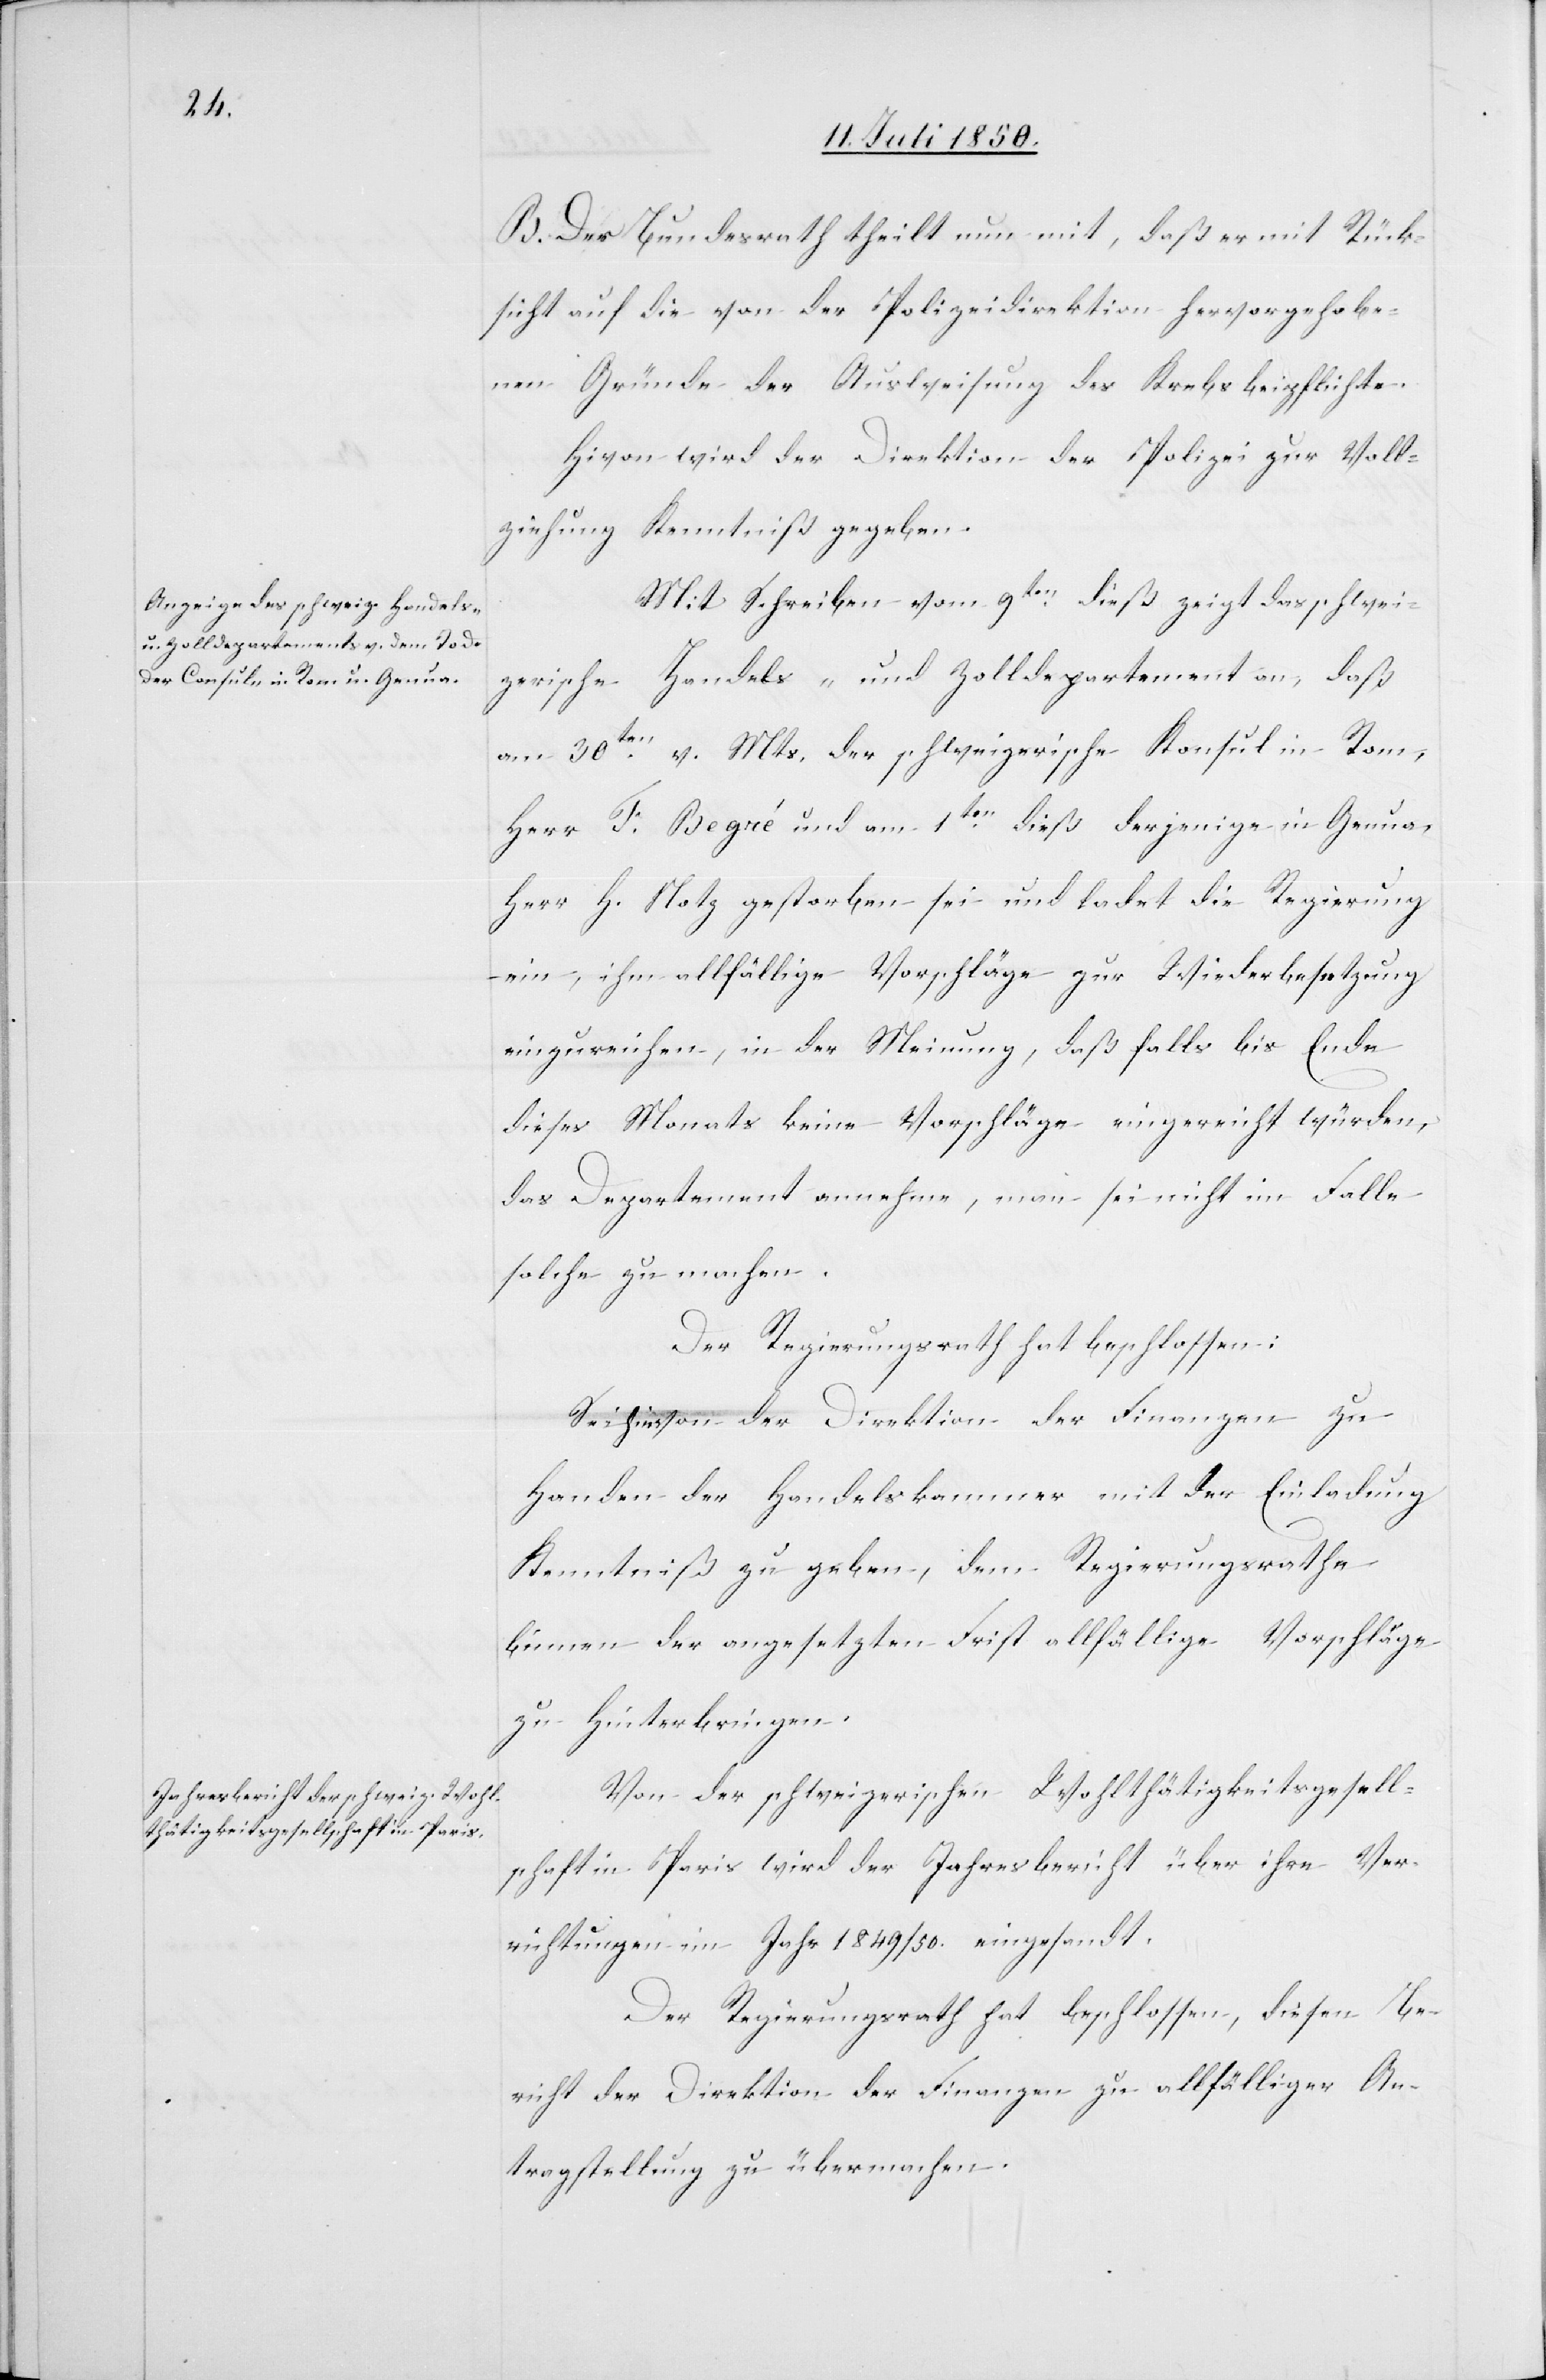
B. Der Bundesrath theilt nun mit, daß er mit Rück¬
sicht auf die von der Polizeidirektion hervorgehobe¬
nen Gründe der Ausweisung des Krebs beipflichte.
[sic!] wird der Direktion der Polizei zur Voll¬
ziehung Kenntniß gegeben.
Mit Schreiben vom 9ten dieß zeigt das schwei¬
zerische Handels- und Zolldepartement an, daß
am 30ten v. Mts. der schweizerische Konsul in Rom,
Herr F. Begré und am 1ten dieß derjenige in Genua,
Herr H. Notz gestorben sei und ladet die Regierung
ein, ihm allfällige Vorschläge zur Wiederbesetzung
einzureichen, in der Meinung, daß falls bis Ende
dieses Monats keine Vorschläge eingereicht würden,
das Departement annehme, man sei nicht im Falle
solche zu machen.
Der Regierungsrath hat beschlossen:
Sei hievon der Direktion der Finanzen zu
Handen der Handelskammer mit der Einladung
Kenntniß zu geben, dem Regierungsrathe
binnen der angesetzten Frist allfällige Vorschläge
zu Hinterbringen.
Von der schweizerischen Wohlthätigkeitsgesell¬
schaft in Paris wird der Jahresbericht über ihre Ver¬
richtungen im Jahr 1849/50. eingesandt.
Der Regierungsrath hat beschlossen, diesen Be¬
richt der Direktion der Finanzen zu allfälliger An¬
tragstellung zu übermachen.